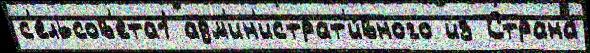
с'ельсов'ета1 адм'ин'истрат'и́вного из Страна́